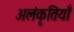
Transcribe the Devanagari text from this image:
अलंकृतियाँ